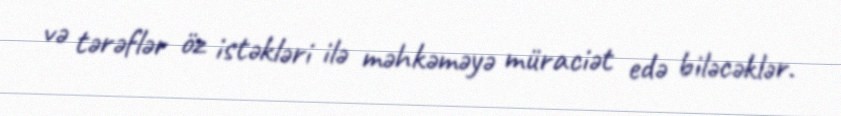
və tərəflər öz istəkləri ilə məhkəməyə müraciət edə biləcəklər.